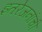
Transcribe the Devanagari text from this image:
इतरेजनांची